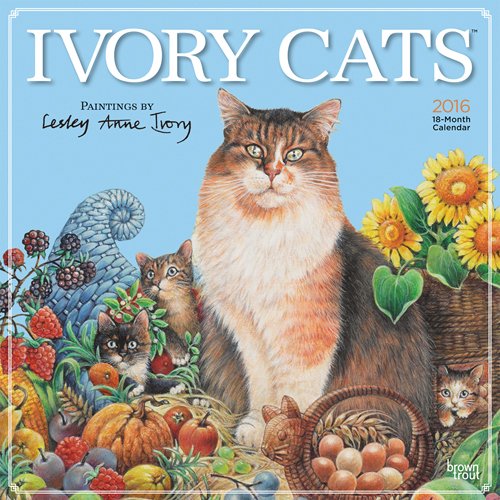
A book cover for Ivory Cats by Lesley Anne Ivory 2016 Square 12x12; Browntrout Publishers; Calendars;